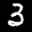
Label: 3